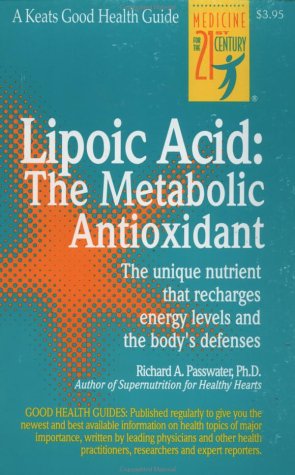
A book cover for Lipoic Acid: The Metabolic Antioxidant; Richard Passwater; Health, Fitness & Dieting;